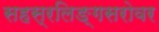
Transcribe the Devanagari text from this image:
सहस्रलिङ्गसरोवर